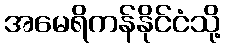
အမေရိကန်နိုင်ငံသို့